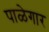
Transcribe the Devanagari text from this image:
पाळेगार